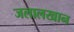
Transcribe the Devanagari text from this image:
जलालखान